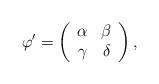
LaTeX: \begin{align*}\varphi' = \left(\begin{array}{cc}\alpha & \beta \\\gamma & \delta\end{array}\right), \end{align*}